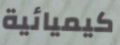
كيميائية